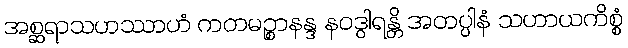
အစ္ဆရာသဟဿာဟံ ကတမဉ္စာနန္ဒ နဝဒွါရန္တိ အတပ္ပါနံ သဟာယကိစ္စံ